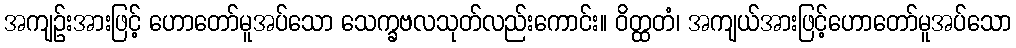
အကျဉ်းအားဖြင့် ဟောတော်မူအပ်သော သေက္ခဗလသုတ်လည်းကောင်း။ ဝိတ္ထတံ၊ အကျယ်အားဖြင့်ဟောတော်မူအပ်သော